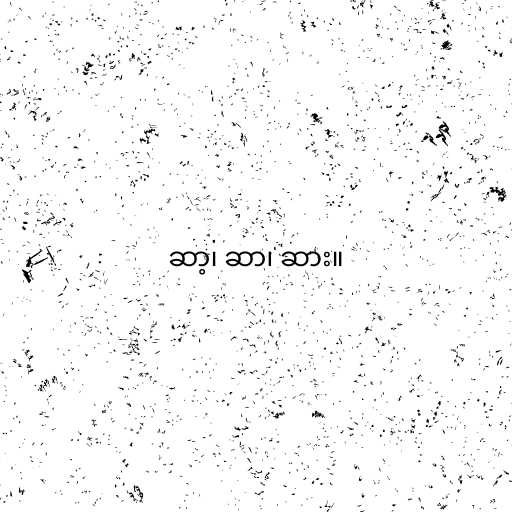
ဆာ့၊ ဆာ၊ ဆား။